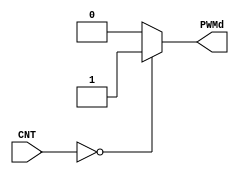
module COMP0#(parameter w=16)(
input [w-1:0] CNT,
output reg PWMd
);
always @(*)
if (CNT==0)
 PWMd<=1;
 else 
  PWMd<=0;


endmodule